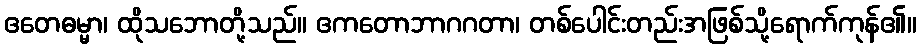
ဧတေဓမ္မာ၊ ထိုသဘောတို့သည်။ ဧကတောဘာဂဂတာ၊ တစ်ပေါင်းတည်းအဖြစ်သို့ရောက်ကုန်၏။